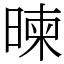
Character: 暕